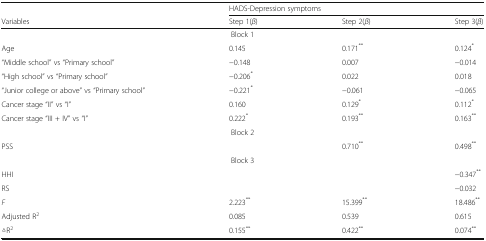
|  | <COLSPAN=3> HADS-Depression symptoms |
 | Variables | Step 1(β) | Step 2(β) | Step 3(β) |
 | --- | --- | --- | --- |
 | <COLSPAN=4> Block 1 |
 | Age | 0.145 | 0.171** | 0.124* |
 | “Middle school” vs “Primary school” | −0.148 | 0.007 | −0.014 |
 | “High school” vs “Primary school” | −0.206* | 0.022 | 0.018 |
 | “Junior college or above” vs “Primary school” | −0.221* | −0.061 | −0.065 |
 | Cancer stage “II” vs “I” | 0.160 | 0.129* | 0.112* |
 | Cancer stage “III + IV” vs “I” | 0.222* | 0.193** | 0.163** |
 | <COLSPAN=4> Block 2 |
 | PSS |  | 0.710** | 0.498** |
 | <COLSPAN=4> Block 3 |
 | HHI |  |  | −0.347** |
 | RS |  |  | −0.032 |
 | F | 2.223** | 15.399** | 18.486** |
 | Adjusted R2 | 0.085 | 0.539 | 0.615 |
 | △R2 | 0.155** | 0.422** | 0.074** |